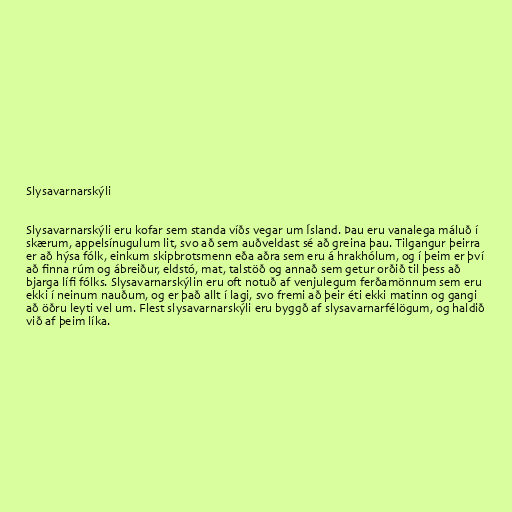
Slysavarnarskýli

Slysavarnarskýli eru kofar sem standa víðs vegar um Ísland. Þau eru vanalega máluð í
skærum, appelsínugulum lit, svo að sem auðveldast sé að greina þau. Tilgangur þeirra
er að hýsa fólk, einkum skipbrotsmenn eða aðra sem eru á hrakhólum, og í þeim er því
að finna rúm og ábreiður, eldstó, mat, talstöð og annað sem getur orðið til þess að
bjarga lífi fólks. Slysavarnarskýlin eru oft notuð af venjulegum ferðamönnum sem eru
ekki í neinum nauðum, og er það allt í lagi, svo fremi að þeir éti ekki matinn og gangi
að öðru leyti vel um. Flest slysavarnarskýli eru byggð af slysavarnarfélögum, og haldið
við af þeim líka.